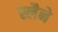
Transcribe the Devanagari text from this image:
स्लैने